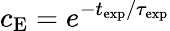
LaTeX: c_{\mathrm{E}}=e^{-t_{\mathrm{exp}}/\tau_{\mathrm{exp}}}